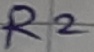
Text: R2